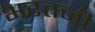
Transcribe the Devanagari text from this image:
भरतजी